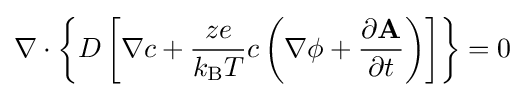
\nabla \cdot \left\{D\left[\nabla c+{ze \over {k_{\text{B}}T}}c\left(\nabla \phi +{\partial {\bf {A}} \over {\partial t}}\right)\right]\right\}=0